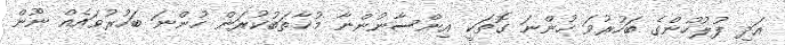
އަދި ފުލުހުންގެ ބަހުރުވަ ހުންނަ ގޮތަކީ އިންސާނުންނާ މުޚާތަބުކުރަން ހުންނަ ބަހުރުވައެއް ނޫން